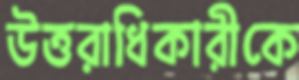
উত্তরাধিকারীকে